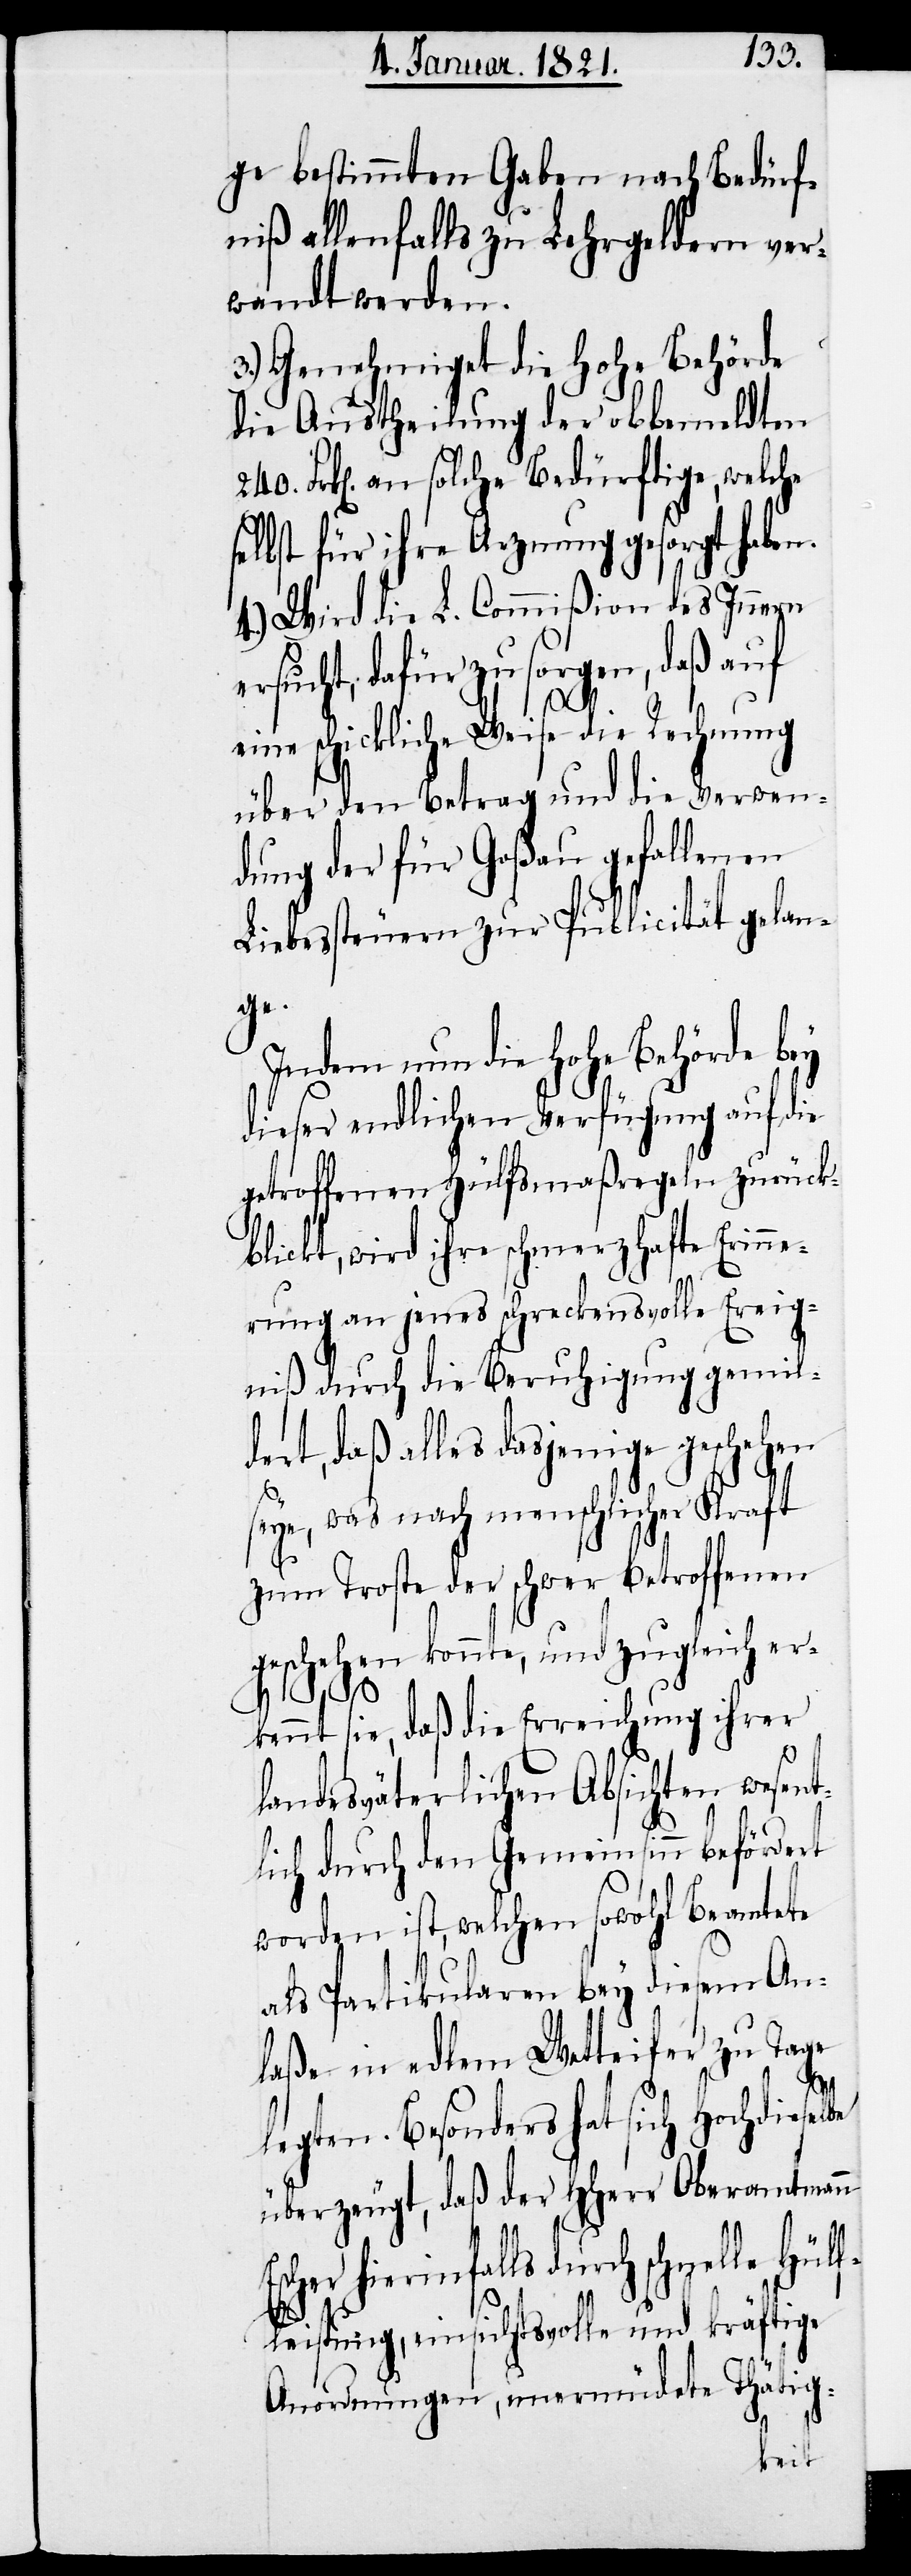
ge bestimmten Gaben nach Bedürf¬
niß allenfalls zu Lehrgeldern ver¬
wandt werden.
3.) Genehmiget die hohe Behörde
die Austheilung der obbemeldten
Frk[en]. an solche Bedürftige, welche
selbst für ihre Arznung gesorgt haben.
4.) Wird die L. Commißion des Innern
ersucht, dafür zu sorgen, daß auf
eine schickliche Weise die Rechnung
über den Betrag und die Verwen¬
dung der für Goßau gefallenen
Liebessteuern zur Publicität gelan¬
ge.
Indem nun die hohe Behörde bey
dieser endlichen Verfügung auf die
getroffenen Hülfsmaßregeln zurück¬
blickt, wird ihre schmerzhafte Erinne¬
rung an jenes schreckensvolle Ereig¬
niß durch die Beruhigung gemil¬
dert, daß alles dasjenige geschehen
seye, was nach menschlicher Kraft
zum Troste der schwer Betroffenen
geschehen konnte, und zugleich er¬
kennt sie, daß die Erreichung ihrer
Landesväterlichen Absichten wesent¬
lich durch den Gemeinsinn befördert
worden ist, welchen sowohl Beamtete
als Partikularen bey diesem An¬
laße in edlem Wetteifer zu Tage
240.
legten. Besonders hat sich Hochdieselbe
überzeugt, daß der HHerr Oberamtmann
hierinfalls durch schnelle Hül¬
fleistung, einsichtsvolle und kräftige
Anordnungen, unermüdete Thätig-